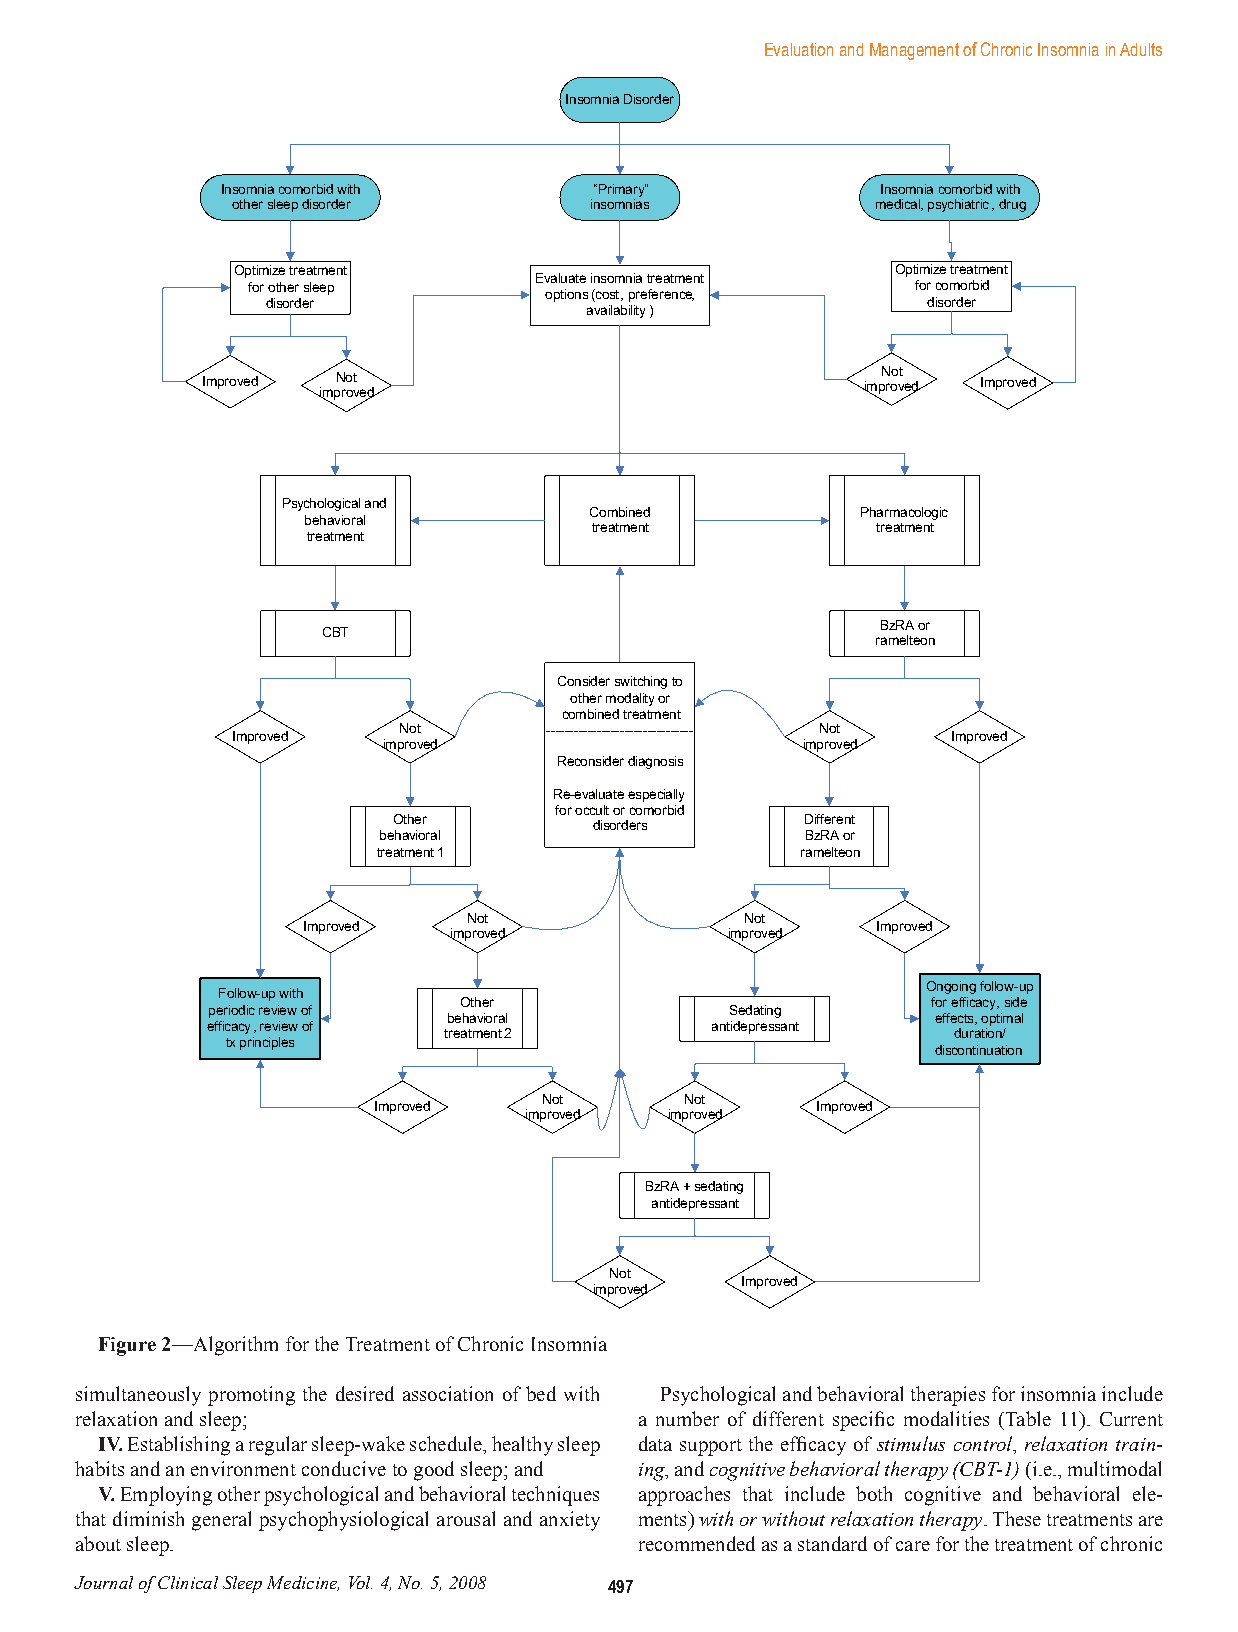
Evaluation and Management of Chronic Insomnia in Adults
 Insomnia Disorder
 Insomnia comorbid with  “Primary”          Insomnia comorbid with
 other sleep disorder    insomnias          medical, psychiatric, drug
 Optimize treatment                         Optimize treatment
 Evaluate insomnia treatment
 for other sleep                              for comorbid
 options (cost, preference,
 disorder                                   disorder
 availability)
 Not
 Improved Not                                improved Improved
 improved
 Psychological and
 Combined          Pharmacologic
 behavioral
 treatment          treatment
 treatment
 BzRA or
 CBT
 ramelteon
 Consider switching to
 other modality or
 combined treatment
 Not       -------------------------------- Not
 Improved                                        Improved
 improved                    improved
 Reconsider diagnosis
 Re-evaluate especially
 for occult or comorbid
 Other                      Different
 disorders
 behavioral                  BzRA or
 treatment 1                 ramelteon
 Not               Not
 Improved                              Improved
 improved          improved
 Ongoing follow-up
 Follow-up with
 Other                           for efficacy, side
 periodic review of                Sedating
 behavioral                      effects, optimal
 efficacy, review of              antidepressant
 treatment 2                       duration/
 tx principles
 discontinuation
 Not      Not
 Improved                     Improved
 improved improved
 BzRA + sedating
 antidepressant
 Not
 Improved
 improved
 Figure 2—Algorithm for the Treatment of Chronic Insomnia
 simultaneously promoting the desired association of bed with Psychological and behavioral therapies for insomnia include
 relaxation and sleep;                a number of different specific modalities (Table 11). Current
 IV. Establishing a regular sleep-wake schedule, healthy sleep data support the efficacy of stimulus control, relaxation train-
 habits and an environment conducive to good sleep; and ing, and cognitive behavioral therapy (CBT-1) (i.e., multimodal
 V. Employing other psychological and behavioral techniques approaches that include both cognitive and behavioral ele-
 that diminish general psychophysiological arousal and anxiety ments) with or without relaxation therapy. These treatments are
 about sleep.                         recommended as a standard of care for the treatment of chronic
 Journal of Clinical Sleep Medicine, Vol. 4, No. 5, 2008 497